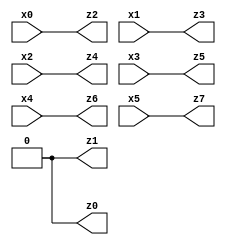
// Benchmark "X_5" written by ABC on Wed Jun 07 00:27:44 2023

module X_17 ( 
    x0, x1, x2, x3, x4, x5,
    z0, z1, z2, z3, z4, z5, z6, z7  );
  input  x0, x1, x2, x3, x4, x5;
  output z0, z1, z2, z3, z4, z5, z6, z7;
  assign z0 = 1'b0;
  assign z1 = 1'b0;
  assign z2 = x0;
  assign z3 = x1;
  assign z4 = x2;
  assign z5 = x3;
  assign z6 = x4;
  assign z7 = x5;
endmodule